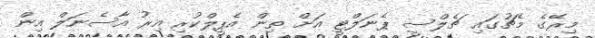
މިރޭގެ މެޗުގައި ޗެލްސީ ޕެނަލްޓީ އަށް ތިން އެޕީލްކުރި އިރު އާސެނަލް އިން